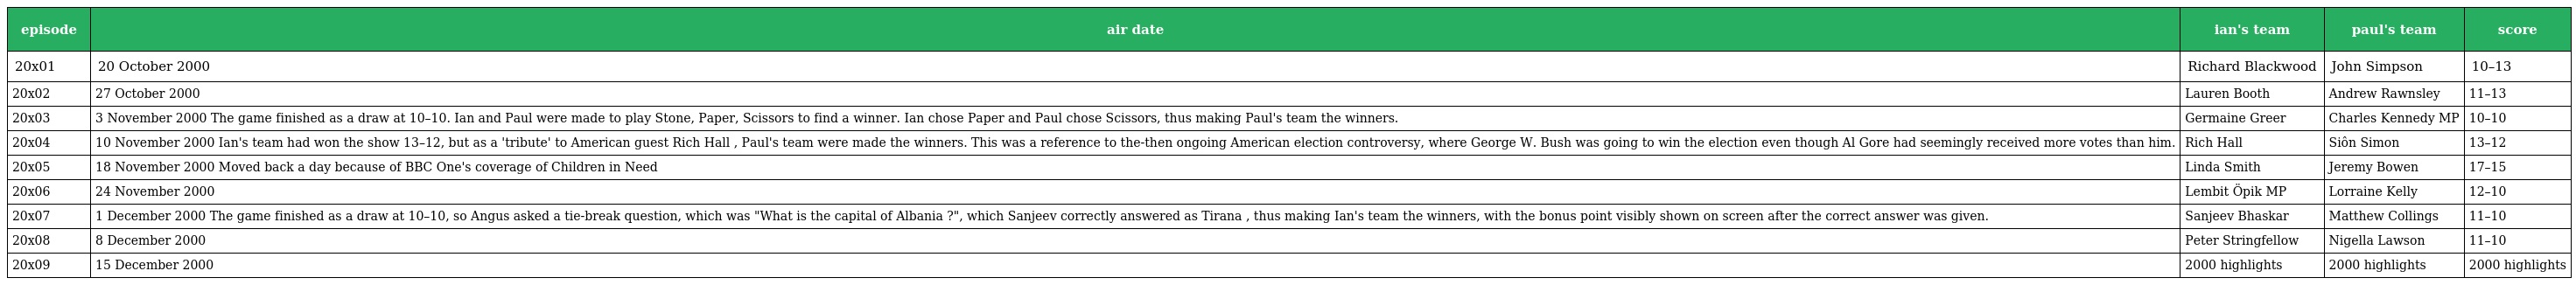
| episode | air date | ian's team | paul's team | score |
 | --- | --- | --- | --- | --- |
 | 20x01 | 20 October 2000 | Richard Blackwood | John Simpson | 10–13 |
 | 20x02 | 27 October 2000 | Lauren Booth | Andrew Rawnsley | 11–13 |
 | 20x03 | 3 November 2000 The game finished as a draw at 10–10. Ian and Paul were made to play Stone, Paper, Scissors to find a winner. Ian chose Paper and Paul chose Scissors, thus making Paul's team the winners. | Germaine Greer | Charles Kennedy MP | 10–10 |
 | 20x04 | 10 November 2000 Ian's team had won the show 13–12, but as a 'tribute' to American guest Rich Hall , Paul's team were made the winners. This was a reference to the-then ongoing American election controversy, where George W. Bush was going to win the election even though Al Gore had seemingly received more votes than him. | Rich Hall | Siôn Simon | 13–12 |
 | 20x05 | 18 November 2000 Moved back a day because of BBC One's coverage of Children in Need | Linda Smith | Jeremy Bowen | 17–15 |
 | 20x06 | 24 November 2000 | Lembit Öpik MP | Lorraine Kelly | 12–10 |
 | 20x07 | 1 December 2000 The game finished as a draw at 10–10, so Angus asked a tie-break question, which was "What is the capital of Albania ?", which Sanjeev correctly answered as Tirana , thus making Ian's team the winners, with the bonus point visibly shown on screen after the correct answer was given. | Sanjeev Bhaskar | Matthew Collings | 11–10 |
 | 20x08 | 8 December 2000 | Peter Stringfellow | Nigella Lawson | 11–10 |
 | 20x09 | 15 December 2000 | 2000 highlights | 2000 highlights | 2000 highlights |